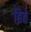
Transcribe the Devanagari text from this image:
हिते